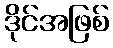
ဒိုင်အဖြစ်